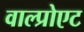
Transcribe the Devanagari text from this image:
वाल्प्रोएट